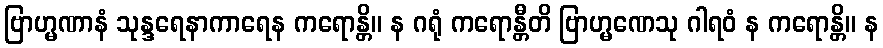
ဗြာဟ္မဏာနံ သုန္ဒရေနာကာရေန ကရောန္တိ။ န ဂရုံ ကရောန္တီတိ ဗြာဟ္မဏေသု ဂါရဝံ န ကရောန္တိ။ န